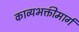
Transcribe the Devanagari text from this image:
काव्यभक्तीमार्ग